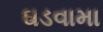
ઘડવામા